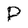
Character: P